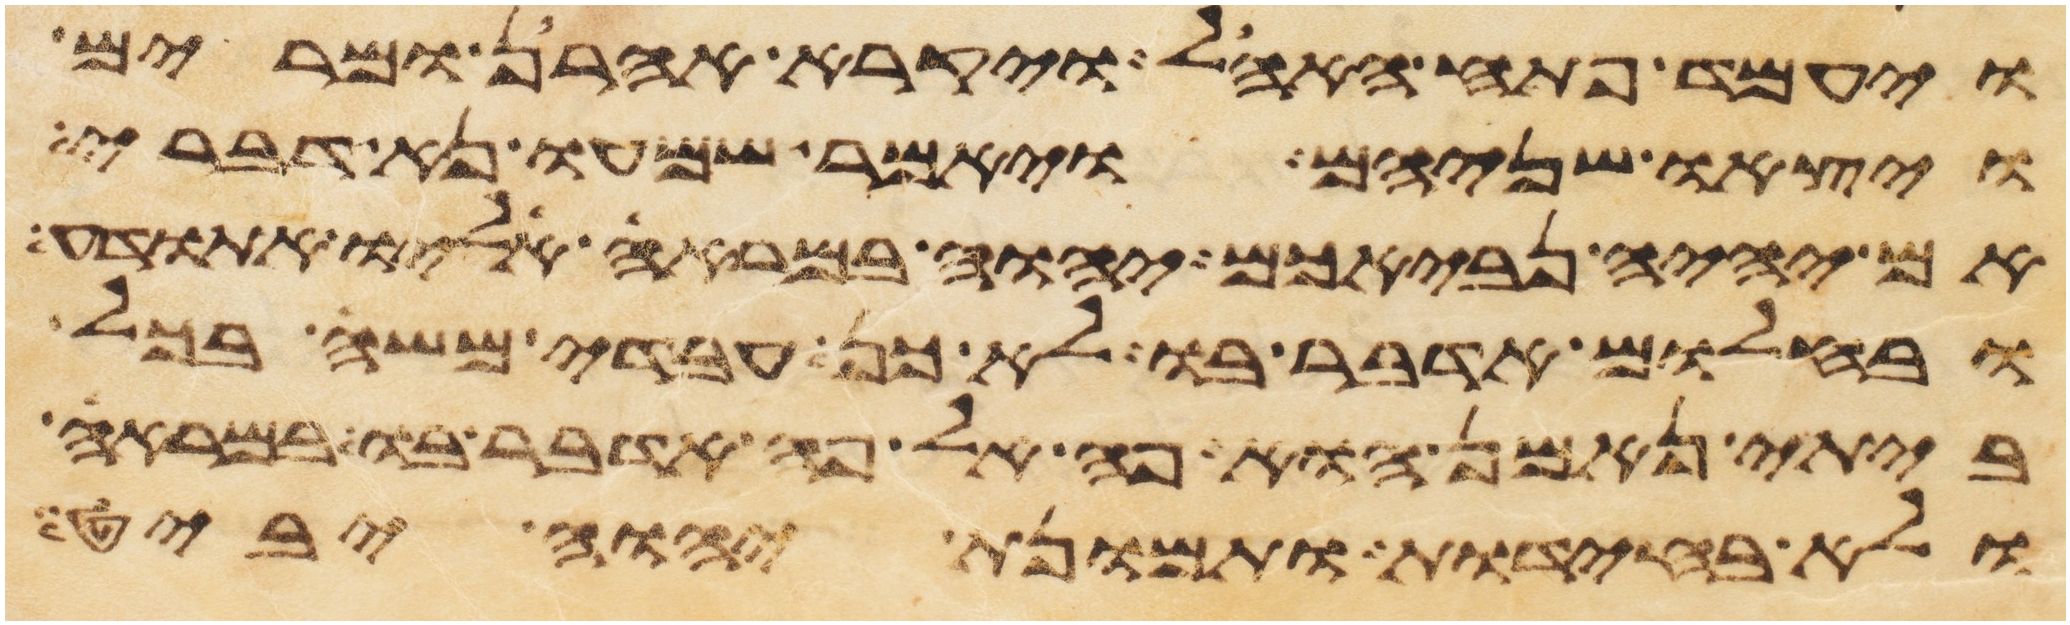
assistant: ויעמד פתח האהל ויקרא אהרן ומרים
ויצאו שניהם ויאמר שמעו נא דברי
אם יהיה נביאכם יהוה במראה אליו התודע
ובחלום אדבר בו לא כן עבדי משה בכל
ביתי נאמן הוא פה אל פה אדבר בו במראה
ולא בחידת ותמונת יהוה יביט